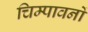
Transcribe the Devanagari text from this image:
चिम्पावनों